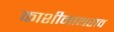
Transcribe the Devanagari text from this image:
काशीनाथराव